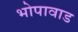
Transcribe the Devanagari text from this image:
भोपावाड